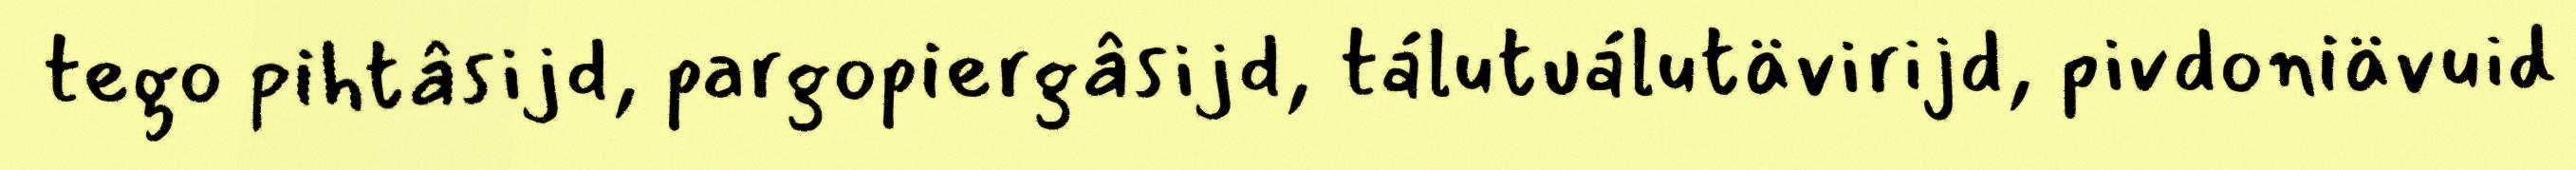
tego pihtâsijd, pargopiergâsijd, tálutuálutävirijd, pivdoniävuid